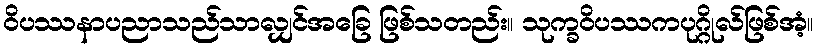
ဝိပဿနာပညာသည်သာလျှင်အခြေ ဖြစ်သတည်း။ သုက္ခဝိပဿကပုဂ္ဂိုလ်ဖြစ်အံ့။